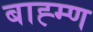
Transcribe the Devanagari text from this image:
बाह्म्ण